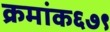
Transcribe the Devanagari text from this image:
क्रमांक६७९